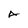
Character: A